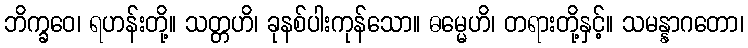
ဘိက္ခဝေ၊ ရဟန်းတို့။ သတ္တဟိ၊ ခုနစ်ပါးကုန်သော။ ဓမ္မေဟိ၊ တရားတို့နှင့်။ သမန္နာဂတော၊